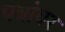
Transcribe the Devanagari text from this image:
पत्रांवर